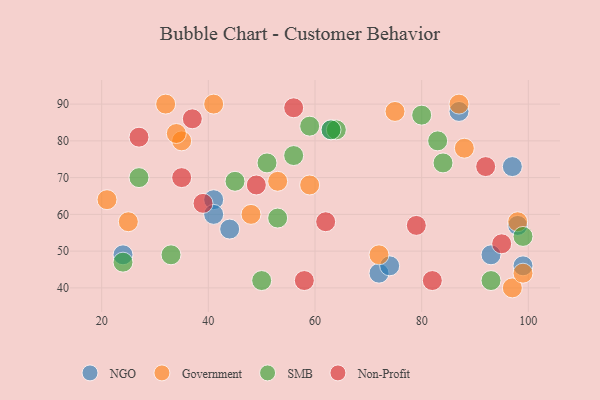
{"axis": {"x": "GDP", "y": "Life Expectancy"}, "legend": ["Government", "NGO", "Non-Profit", "SMB"], "data": [{"x": "44", "y": 56, "type": "NGO"}, {"x": "41", "y": 64, "type": "NGO"}, {"x": "24", "y": 49, "type": "NGO"}, {"x": "98", "y": 57, "type": "NGO"}, {"x": "93", "y": 49, "type": "NGO"}, {"x": "99", "y": 46, "type": "NGO"}, {"x": "41", "y": 60, "type": "NGO"}, {"x": "87", "y": 88, "type": "NGO"}, {"x": "63", "y": 83, "type": "NGO"}, {"x": "72", "y": 44, "type": "NGO"}, {"x": "74", "y": 46, "type": "NGO"}, {"x": "97", "y": 73, "type": "NGO"}, {"x": "97", "y": 40, "type": "Government"}, {"x": "25", "y": 58, "type": "Government"}, {"x": "59", "y": 68, "type": "Government"}, {"x": "41", "y": 90, "type": "Government"}, {"x": "48", "y": 60, "type": "Government"}, {"x": "88", "y": 78, "type": "Government"}, {"x": "99", "y": 44, "type": "Government"}, {"x": "98", "y": 58, "type": "Government"}, {"x": "35", "y": 80, "type": "Government"}, {"x": "72", "y": 49, "type": "Government"}, {"x": "32", "y": 90, "type": "Government"}, {"x": "21", "y": 64, "type": "Government"}, {"x": "75", "y": 88, "type": "Government"}, {"x": "87", "y": 90, "type": "Government"}, {"x": "34", "y": 82, "type": "Government"}, {"x": "53", "y": 69, "type": "Government"}, {"x": "53", "y": 59, "type": "SMB"}, {"x": "45", "y": 69, "type": "SMB"}, {"x": "33", "y": 49, "type": "SMB"}, {"x": "64", "y": 83, "type": "SMB"}, {"x": "24", "y": 47, "type": "SMB"}, {"x": "56", "y": 76, "type": "SMB"}, {"x": "51", "y": 74, "type": "SMB"}, {"x": "99", "y": 54, "type": "SMB"}, {"x": "50", "y": 42, "type": "SMB"}, {"x": "59", "y": 84, "type": "SMB"}, {"x": "80", "y": 87, "type": "SMB"}, {"x": "63", "y": 83, "type": "SMB"}, {"x": "83", "y": 80, "type": "SMB"}, {"x": "93", "y": 42, "type": "SMB"}, {"x": "27", "y": 70, "type": "SMB"}, {"x": "84", "y": 74, "type": "SMB"}, {"x": "58", "y": 42, "type": "Non-Profit"}, {"x": "56", "y": 89, "type": "Non-Profit"}, {"x": "95", "y": 52, "type": "Non-Profit"}, {"x": "79", "y": 57, "type": "Non-Profit"}, {"x": "37", "y": 86, "type": "Non-Profit"}, {"x": "39", "y": 63, "type": "Non-Profit"}, {"x": "27", "y": 81, "type": "Non-Profit"}, {"x": "35", "y": 70, "type": "Non-Profit"}, {"x": "49", "y": 68, "type": "Non-Profit"}, {"x": "62", "y": 58, "type": "Non-Profit"}, {"x": "92", "y": 73, "type": "Non-Profit"}, {"x": "82", "y": 42, "type": "Non-Profit"}]}